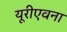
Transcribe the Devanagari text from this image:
यूरीएवना